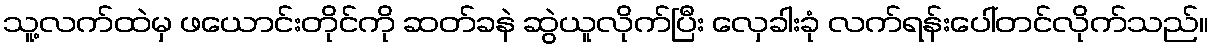
သူ့လက်ထဲမှ ဖယောင်းတိုင်ကို ဆတ်ခနဲ ဆွဲယူလိုက်ပြီး လှေခါးခုံ လက်ရန်းပေါ်တင်လိုက်သည်။